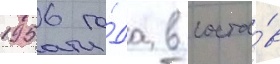
1956 го́да в соста́в